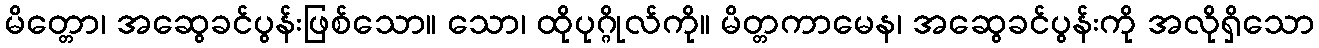
မိတ္တော၊ အဆွေခင်ပွန်းဖြစ်သော။ သော၊ ထိုပုဂ္ဂိုလ်ကို။ မိတ္တကာမေန၊ အဆွေခင်ပွန်းကို အလိုရှိသော